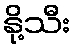
နို့သီး